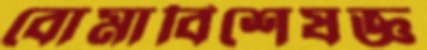
বোমাবিশেষজ্ঞ